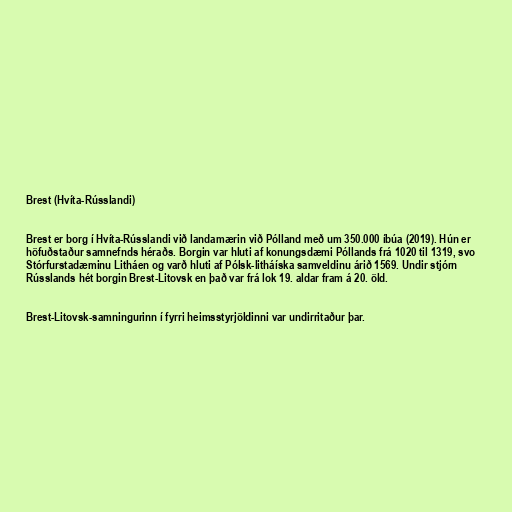
Brest (Hvíta-Rússlandi)

Brest er borg í Hvíta-Rússlandi við landamærin við Pólland með um 350.000 íbúa (2019). Hún er
höfuðstaður samnefnds héraðs. Borgin var hluti af konungsdæmi Póllands frá 1020 til 1319, svo
Stórfurstadæminu Litháen og varð hluti af Pólsk-litháíska samveldinu árið 1569. Undir stjórn
Rússlands hét borgin Brest-Litovsk en það var frá lok 19. aldar fram á 20. öld.

Brest-Litovsk-samningurinn í fyrri heimsstyrjöldinni var undirritaður þar.